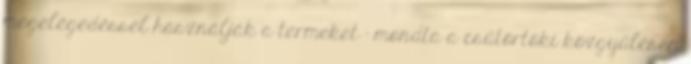
megelégedéssel használják a termeket - mondta a csütörtöki közgyűlésen